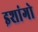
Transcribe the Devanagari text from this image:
इशांगो